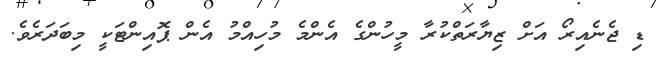
ޑި ޖެނެއިރޯ އަށް ޒިޔާރަތްކުރާ މީހުންގެ އެންމެ މުހިއްމު އެން ޕޮއިންޓަކީ މިބަދަރެވެ.